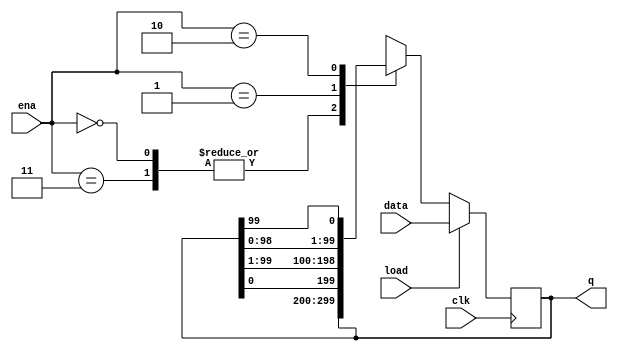
module top_module(
    input clk,
    input load,
    input [1:0] ena,
    input [99:0] data,
    output reg [99:0] q); 

    always @(posedge clk)begin
        if(load) q <= data;
        else begin
            case(ena)
                2'b00, 2'b11 : q <= q;
                2'b01 : q <= {q[0], q[99:1]};
                2'b10 : q <= {q[98:0], q[99]};
            endcase
        end
    end
endmodule
/*2'b01 rotates right by one bit
  2'b10 rotates left by one bit 
  2'b00 and 2'b11 do not rotate.*/